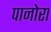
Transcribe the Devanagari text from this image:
पानोरा